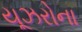
યૂઝરોના